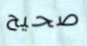
صحيح